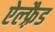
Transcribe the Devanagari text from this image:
ऐल्फ़्रैड